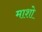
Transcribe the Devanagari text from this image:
माशो